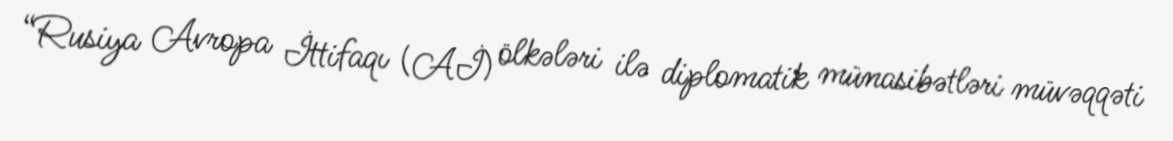
“Rusiya Avropa İttifaqı (Aİ) ölkələri ilə diplomatik münasibətləri müvəqqəti